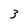
Character: 3